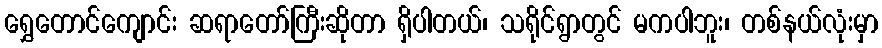
ရွှေတောင်ကျောင်း ဆရာတော်ကြီးဆိုတာ ရှိပါတယ်၊ သရိုင်ရွာတွင် မကပါဘူး၊ တစ်နယ်လုံးမှာ